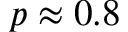
p \approx 0 . 8